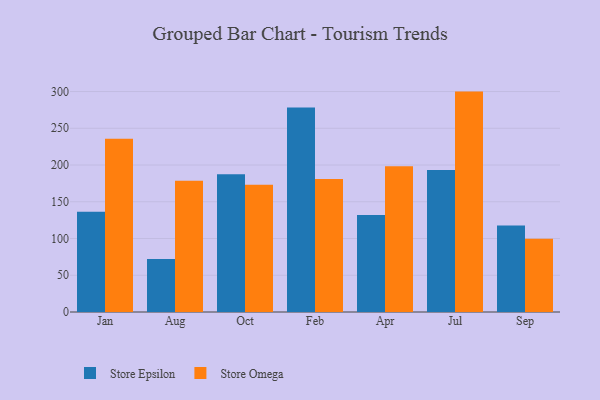
{"axis": {"x": "Month", "y": "Backlog"}, "legend": ["Store Epsilon", "Store Omega"], "data": [{"x": "Jan", "y": 136.4, "type": "Store Epsilon"}, {"x": "Jan", "y": 235.6, "type": "Store Omega"}, {"x": "Aug", "y": 72.0, "type": "Store Epsilon"}, {"x": "Aug", "y": 178.5, "type": "Store Omega"}, {"x": "Oct", "y": 187.6, "type": "Store Epsilon"}, {"x": "Oct", "y": 173.2, "type": "Store Omega"}, {"x": "Feb", "y": 278.3, "type": "Store Epsilon"}, {"x": "Feb", "y": 181.1, "type": "Store Omega"}, {"x": "Apr", "y": 132.1, "type": "Store Epsilon"}, {"x": "Apr", "y": 198.3, "type": "Store Omega"}, {"x": "Jul", "y": 193.2, "type": "Store Epsilon"}, {"x": "Jul", "y": 299.9, "type": "Store Omega"}, {"x": "Sep", "y": 117.6, "type": "Store Epsilon"}, {"x": "Sep", "y": 99.8, "type": "Store Omega"}]}